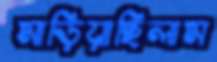
মাড়িয়াছিলাম